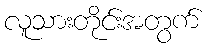
လူသားတိုင်းအတွက်